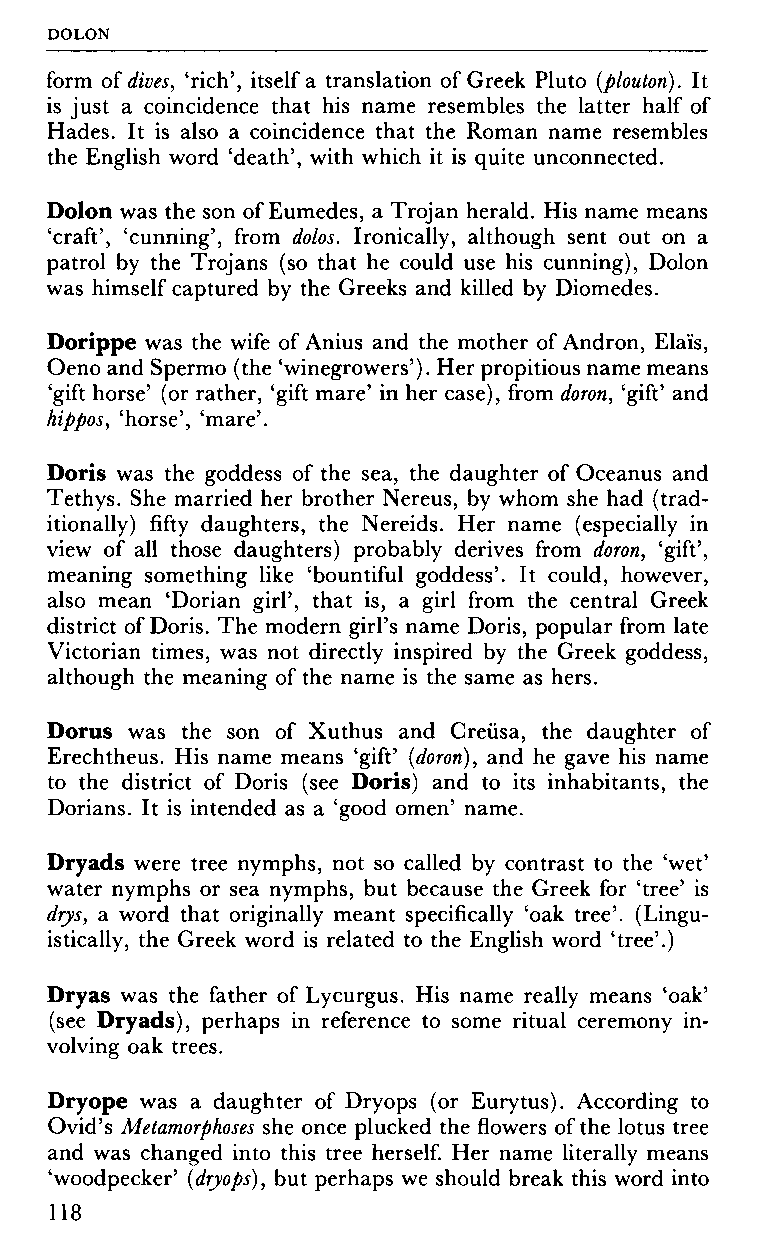
DOLON
 form of dives, 'rich', itself a translation of Greek Pluto (plouton). It
 is just a coincidence that his name resembles the latter half of
 Hades. It is also a coincidence that the Roman name resembles
 the English word 'death', with which it is quite unconnected.
 Dolon was the son of Eumedes, a Trojan herald. His name means
 'craft', 'cunning', from dolos. Ironically, although sent out on a
 patrol by the Trojans (so that he could use his cunning), Dolon
 was himself captured by the Greeks and killed by Diomedes.
 Dorippe was the wife of Anius and the mother of Andron, Elaïs,
 Oeno and Spermo (the 'winegrowers'). Her propitious name means
 'gift horse' (or rather, 'gift mare' in her case), from down, 'gift' and
 hippos, 'horse', 'mare'.
 Doris was the goddess of the sea, the daughter of Oceanus and
 Tethys. She married her brother Nereus, by whom she had (trad
 itionally) fifty daughters, the Nereids. Her name (especially in
 view of all those daughters) probably derives from down, 'gift',
 meaning something like 'bountiful goddess'. It could, however,
 also mean 'Dorian girl', that is, a girl from the central Greek
 district of Doris. The modern girl's name Doris, popular from late
 Victorian times, was not directly inspired by the Greek goddess,
 although the meaning of the name is the same as hers.
 Dorus was the son of Xuthus and Creusa, the daughter of
 Erechtheus. His name means 'gift' [down), and he gave his name
 to the district of Doris (see Doris) and to its inhabitants, the
 Dorians. It is intended as a 'good omen' name.
 Dryads were tree nymphs, not so called by contrast to the 'wet'
 water nymphs or sea nymphs, but because the Greek for 'tree' is
 drys, a word that originally meant specifically 'oak tree'. (Lingu
 istically, the Greek word is related to the English word 'tree'.)
 Dryas was the father of Lycurgus. His name really means 'oak'
 (see Dryads), perhaps in reference to some ritual ceremony in
 volving oak trees.
 Dryope was a daughter of Dryops (or Eurytus). According to
 Ovid's Metamorphoses she once plucked the flowers of the lotus tree
 and was changed into this tree herself. Her name literally means
 'woodpecker' (dryops), but perhaps we should break this word into
 118